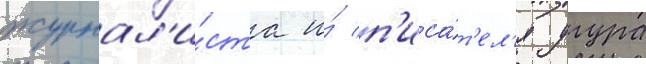
журнал'и́ста и́ п'иса́т'ел'я угура